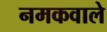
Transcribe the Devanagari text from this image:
नमकवाले